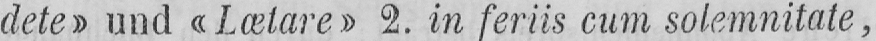
dete» und «Lætare» 2. in feriis cum solemnitate,